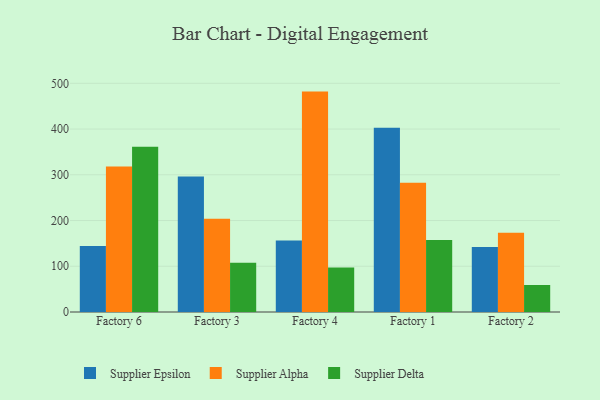
{"axis": {"x": "Factory", "y": "Tickets Resolved"}, "legend": ["Supplier Alpha", "Supplier Delta", "Supplier Epsilon"], "data": [{"x": "Factory 6", "y": 144.3, "type": "Supplier Epsilon"}, {"x": "Factory 6", "y": 318.3, "type": "Supplier Alpha"}, {"x": "Factory 6", "y": 361.2, "type": "Supplier Delta"}, {"x": "Factory 3", "y": 296.2, "type": "Supplier Epsilon"}, {"x": "Factory 3", "y": 203.7, "type": "Supplier Alpha"}, {"x": "Factory 3", "y": 107.5, "type": "Supplier Delta"}, {"x": "Factory 4", "y": 156.3, "type": "Supplier Epsilon"}, {"x": "Factory 4", "y": 481.9, "type": "Supplier Alpha"}, {"x": "Factory 4", "y": 97.1, "type": "Supplier Delta"}, {"x": "Factory 1", "y": 402.8, "type": "Supplier Epsilon"}, {"x": "Factory 1", "y": 282.6, "type": "Supplier Alpha"}, {"x": "Factory 1", "y": 157.5, "type": "Supplier Delta"}, {"x": "Factory 2", "y": 141.9, "type": "Supplier Epsilon"}, {"x": "Factory 2", "y": 173.3, "type": "Supplier Alpha"}, {"x": "Factory 2", "y": 59.1, "type": "Supplier Delta"}]}